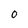
Character: 0